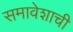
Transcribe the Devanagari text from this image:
समावेशाची